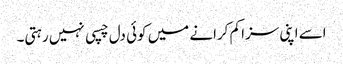
اسے اپنی سزا کم کرانے میں کوئی دل چسپی نہیں رہتی۔